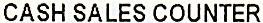
CASH SALES COUNTER